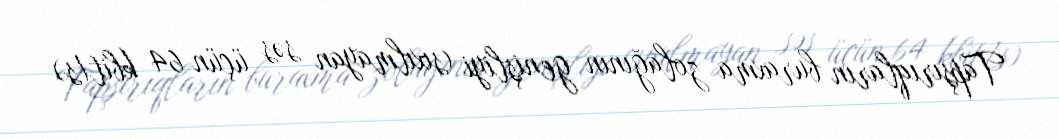
Tapşırıqların buraxma zolağının genişliyi (sıxılmayan səs üçün 64 kbit/s)